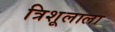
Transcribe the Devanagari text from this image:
त्रिशूलाला